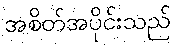
အစိတ်အပိုင်းသည်